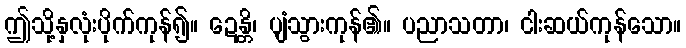
ဤသို့နှလုံးပိုက်ကုန်၍။ ဍေန္တိ၊ ပျံသွားကုန်၏။ ပညာသတာ၊ ငါးဆယ်ကုန်သော။